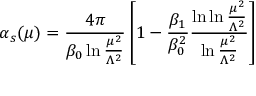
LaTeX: \alpha _ { s } ( \mu ) = \frac { 4 \pi } { \beta _ { 0 } \ln \frac { \mu ^ { 2 } } { \Lambda ^ { 2 } } } \left[ 1 - \frac { \beta _ { 1 } } { \beta _ { 0 } ^ { 2 } } \frac { \ln \ln \frac { \mu ^ { 2 } } { \Lambda ^ { 2 } } } { \ln \frac { \mu ^ { 2 } } { \Lambda ^ { 2 } } } \right]